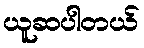
ယူဆပါတယ်